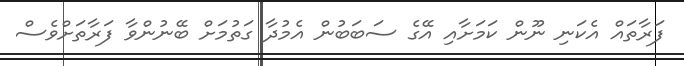
ފަރާތައް އެކަނި ނޫން ކަމަށާއި އޭގެ ސަބަބުން އެމުދާ ގަތުމަށް ބޭނުންވާ ފަރާތަށްވެސް